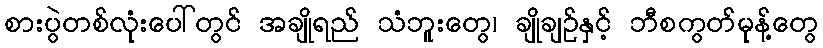
စားပွဲတစ်လုံးပေါ်တွင် အချိုရည် သံဘူးတွေ၊ ချိုချဉ်နှင့် ဘီစကွတ်မုန့်တွေ